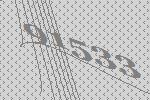
91533